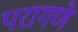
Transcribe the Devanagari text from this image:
परागणे